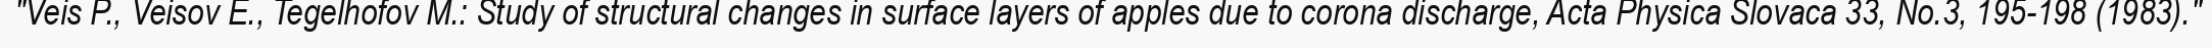
"Veis P., Veisov E., Tegelhofov M.: Study of structural changes in surface layers of apples due to corona discharge, Acta Physica Slovaca 33, No.3, 195-198 (1983)."